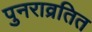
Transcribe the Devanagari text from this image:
पुनराव्रतित